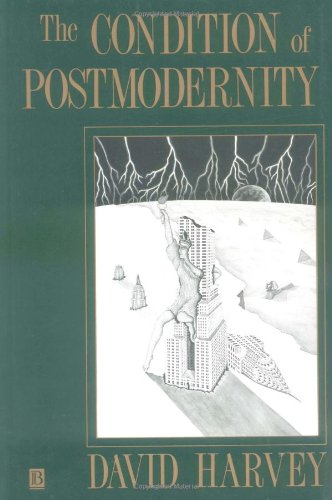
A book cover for The Condition of Postmodernity: An Enquiry into the Origins of Cultural Change; David Harvey; History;